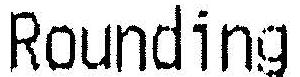
ROUNDING